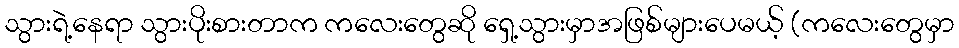
သွားရဲ့နေရာ သွားပိုးစားတာက ကလေးတွေဆို ရှေ့သွားမှာအဖြစ်များပေမယ့် (ကလေးတွေမှာ